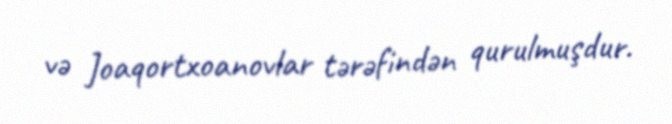
və Joaqortxoanovlar tərəfindən qurulmuşdur.